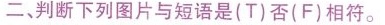
二、判断下列图片与短语是(T)否(F)相符。